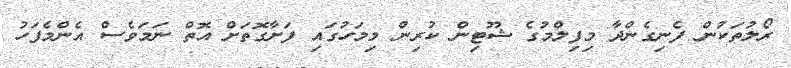
ރޯލުތަކުން ފެނިގެންދާ މިފިލްމުގެ ޝޫޓިން ކުރިން މިމަހުގައި ފަށާގޮތަށް އޮތް ނަމަވެސް އެންމެފަހު